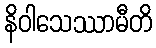
နိဝါသေဿာမီတိ